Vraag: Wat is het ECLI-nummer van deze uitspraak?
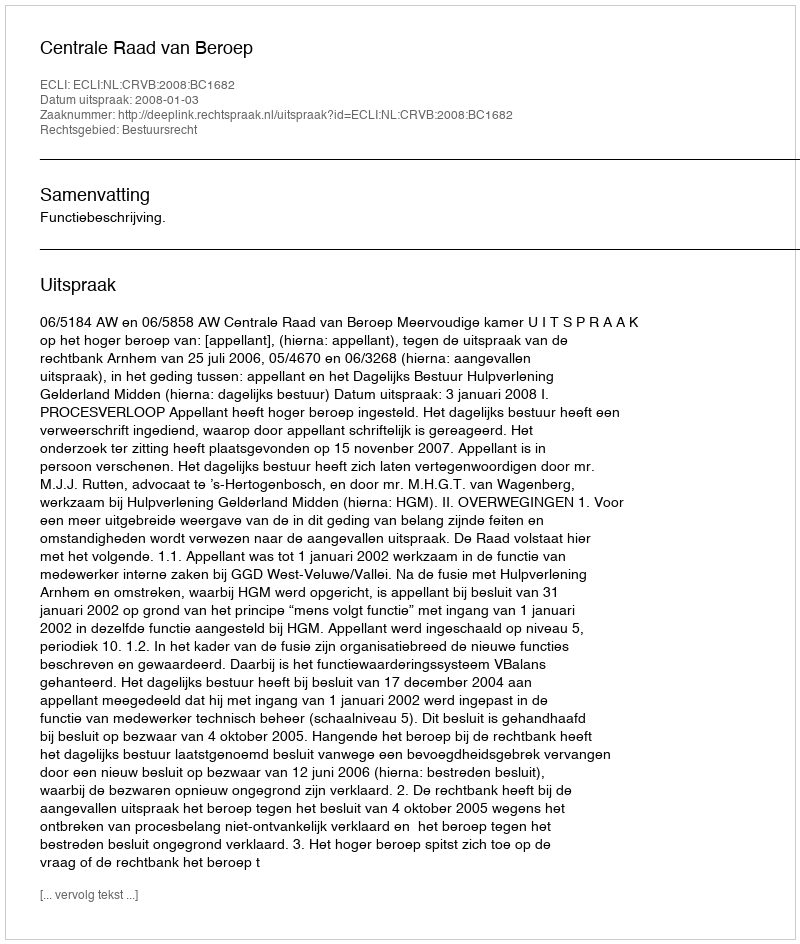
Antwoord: ECLI:NL:CRVB:2008:BC1682